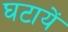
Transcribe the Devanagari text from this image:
घटायें